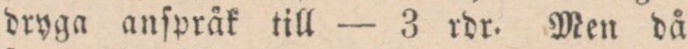
dryga anſpråk till — 3 rdr. Men då